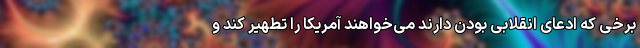
برخی که ادعای انقلابی بودن دارند می‌خواهند آمریکا را تطهیر کند و